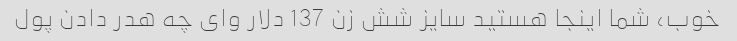
خوب، شما اینجا هستید سایز شش زن 137 دلار وای چه هدر دادن پول